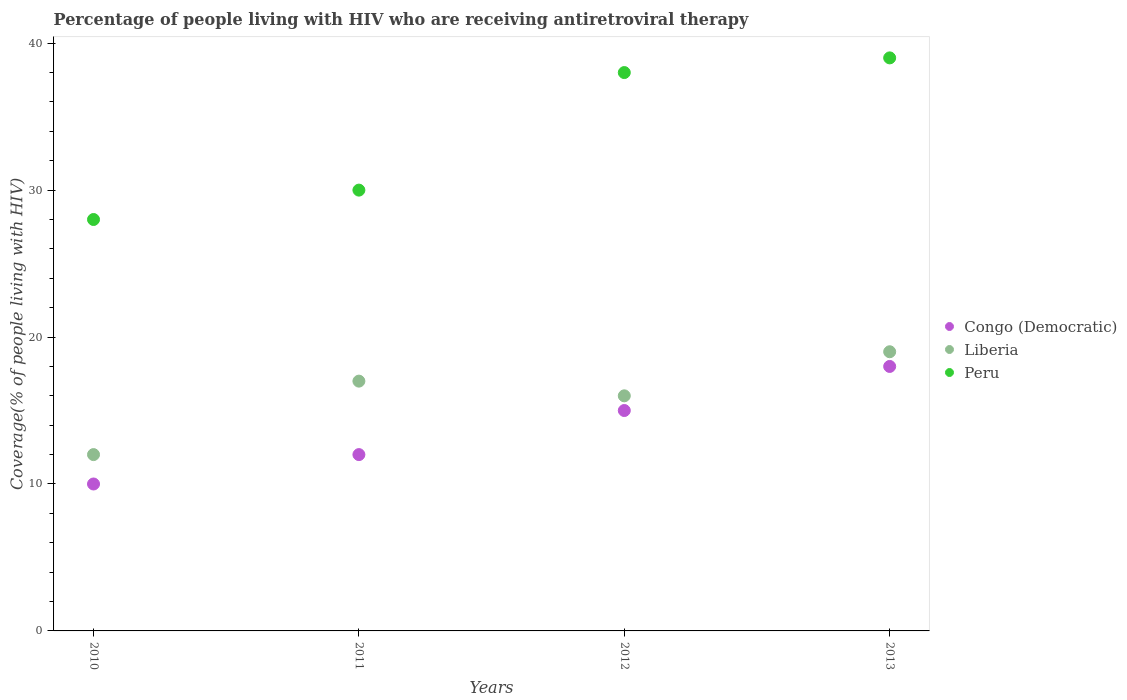
| Years | Congo (Democratic) | Liberia | Peru |
 | --- | --- | --- | --- |
 | 2010 | 10 | 12 | 28 |
 | 2011 | 12 | 17 | 30 |
 | 2012 | 15 | 16 | 38 |
 | 2013 | 18 | 19 | 39 |